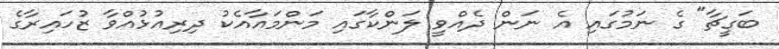
ބަގީޗާ" ގެ ނަމުގައި އެ ނަން ދެއްވީ ލަންކާގައި މަންމައާއެކު ދިރިއުޅުއްވާ ޒުހައިރާގެ